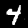
Label: 4